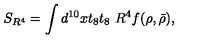
S _ { R ^ { 4 } } = \int d ^ { 1 0 } x t _ { 8 } t _ { 8 } \ R ^ { 4 } f ( \rho , \bar { \rho } ) ,